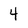
Character: 4